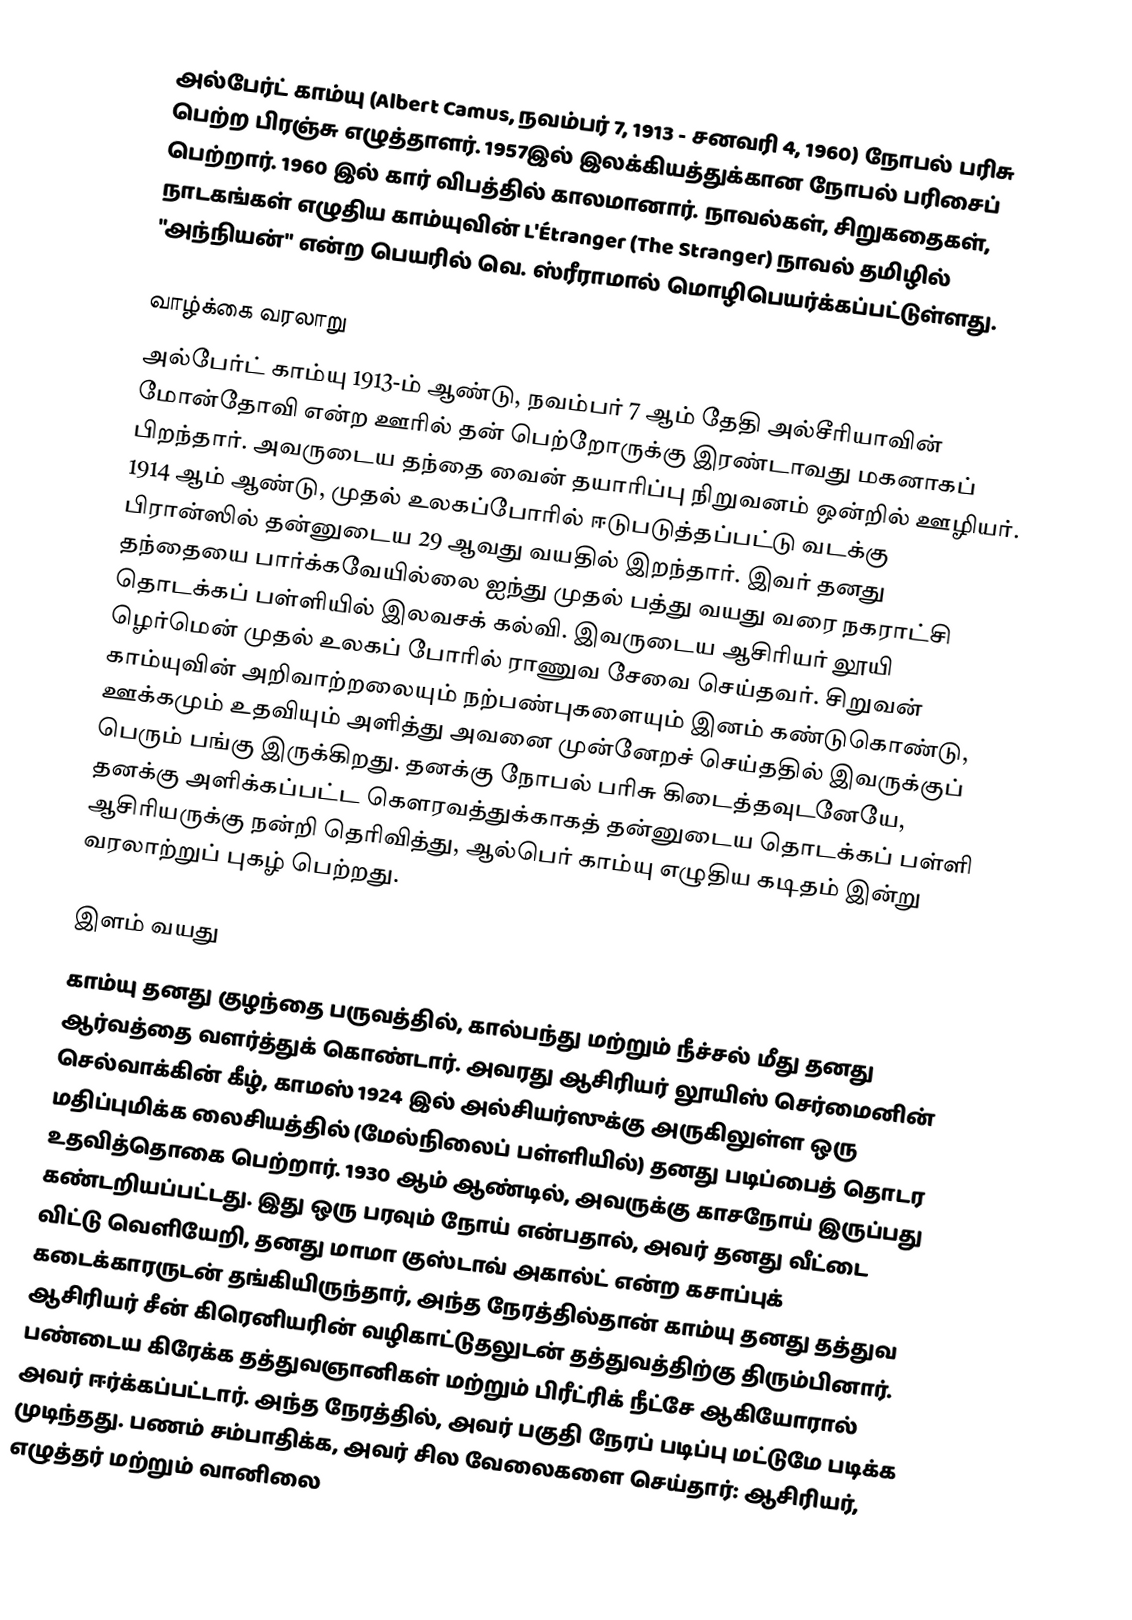
அல்பேர்ட் காம்யு (Albert Camus, நவம்பர் 7, 1913 - சனவரி 4, 1960) நோபல் பரிசு பெற்ற பிரஞ்சு எழுத்தாளர். 1957இல் இலக்கியத்துக்கான நோபல் பரிசைப் பெற்றார். 1960 இல் கார் விபத்தில் காலமானார். நாவல்கள், சிறுகதைகள், நாடகங்கள் எழுதிய காம்யுவின் L'Étranger (The Stranger) நாவல் தமிழில் "அந்நியன்" என்ற பெயரில் வெ. ஸ்ரீராமால் மொழிபெயர்க்கப்பட்டுள்ளது.

வாழ்க்கை வரலாறு
அல்பேர்ட் காம்யு 1913-ம் ஆண்டு, நவம்பர் 7 ஆம் தேதி அல்சீரியாவின் மோன்தோவி என்ற ஊரில் தன் பெற்றோருக்கு இரண்டாவது மகனாகப் பிறந்தார். அவருடைய தந்தை வைன் தயாரிப்பு நிறுவனம் ஒன்றில் ஊழியர். 1914 ஆம் ஆண்டு, முதல் உலகப்போரில் ஈடுபடுத்தப்பட்டு வடக்கு பிரான்ஸில் தன்னுடைய 29 ஆவது வயதில் இறந்தார். இவர் தனது தந்தையை பார்க்கவேயில்லை ஐந்து முதல் பத்து வயது வரை நகராட்சி தொடக்கப் பள்ளியில் இலவசக் கல்வி. இவருடைய ஆசிரியர் லூயி ழெர்மென் முதல் உலகப் போரில் ராணுவ சேவை செய்தவர். சிறுவன் காம்யுவின் அறிவாற்றலையும் நற்பண்புகளையும் இனம் கண்டுகொண்டு, ஊக்கமும் உதவியும் அளித்து அவனை முன்னேறச் செய்ததில் இவருக்குப் பெரும் பங்கு இருக்கிறது. தனக்கு நோபல் பரிசு கிடைத்தவுடனேயே, தனக்கு அளிக்கப்பட்ட கௌரவத்துக்காகத் தன்னுடைய தொடக்கப் பள்ளி ஆசிரியருக்கு நன்றி தெரிவித்து, ஆல்பெர் காம்யு எழுதிய கடிதம் இன்று வரலாற்றுப் புகழ் பெற்றது.

இளம் வயது
காம்யு தனது குழந்தை பருவத்தில், கால்பந்து மற்றும் நீச்சல் மீது தனது ஆர்வத்தை வளர்த்துக் கொண்டார். அவரது ஆசிரியர் லூயிஸ் செர்மைனின் செல்வாக்கின் கீழ், காமஸ் 1924 இல் அல்சியர்ஸுக்கு அருகிலுள்ள ஒரு மதிப்புமிக்க லைசியத்தில் (மேல்நிலைப் பள்ளியில்) தனது படிப்பைத் தொடர உதவித்தொகை பெற்றார்.  1930 ஆம் ஆண்டில், அவருக்கு காசநோய் இருப்பது கண்டறியப்பட்டது.  இது ஒரு பரவும் நோய் என்பதால், அவர் தனது வீட்டை விட்டு வெளியேறி, தனது மாமா குஸ்டாவ் அகால்ட் என்ற கசாப்புக் கடைக்காரருடன் தங்கியிருந்தார், அந்த நேரத்தில்தான் காம்யு தனது தத்துவ ஆசிரியர் சீன் கிரெனியரின் வழிகாட்டுதலுடன் தத்துவத்திற்கு திரும்பினார். பண்டைய கிரேக்க தத்துவஞானிகள் மற்றும் பிரீட்ரிக் நீட்சே ஆகியோரால் அவர் ஈர்க்கப்பட்டார். அந்த நேரத்தில், அவர் பகுதி நேரப் படிப்பு மட்டுமே படிக்க முடிந்தது. பணம் சம்பாதிக்க, அவர் சில வேலைகளை செய்தார்: ஆசிரியர், எழுத்தர் மற்றும் வானிலை